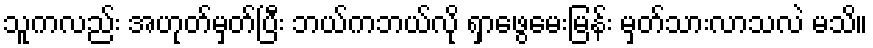
သူကလည်း အဟုတ်မှတ်ပြီး ဘယ်ကဘယ်လို ရှာဖွေမေးမြန်း မှတ်သားလာသလဲ မသိ။